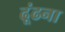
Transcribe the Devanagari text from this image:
ढ़ूंढना